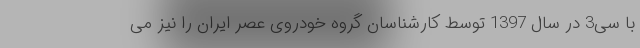
با سی3 در سال 1397 توسط کارشناسان گروه خودروی عصر ایران را نیز می